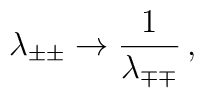
\lambda_{\pm\pm}\rightarrow{1\over\lambda_{\mp\mp}}  \,,